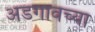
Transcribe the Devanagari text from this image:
अडगावच्या